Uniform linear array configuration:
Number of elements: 32
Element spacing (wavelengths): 0.75
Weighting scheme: uniform
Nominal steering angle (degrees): -15
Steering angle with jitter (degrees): -15.219
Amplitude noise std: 0.05
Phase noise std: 0.05

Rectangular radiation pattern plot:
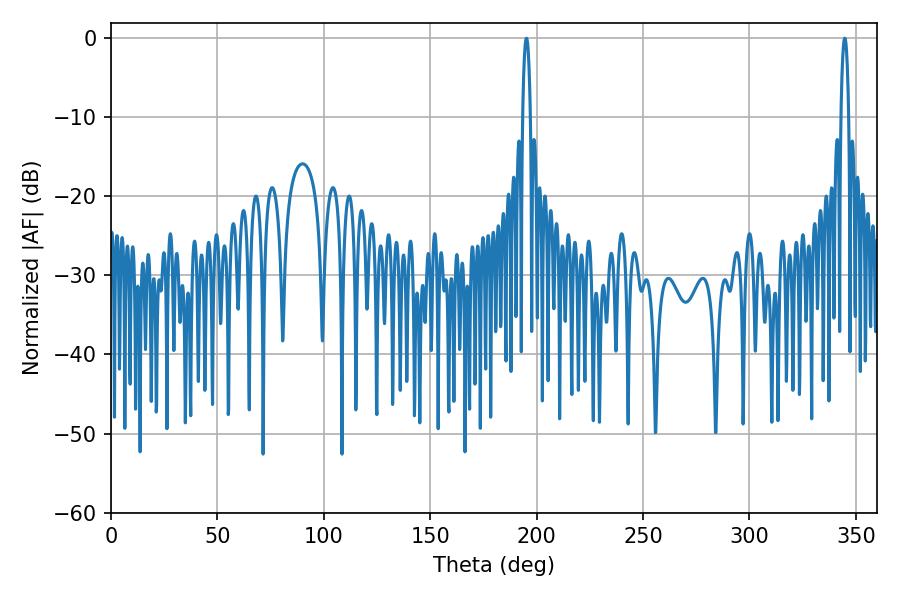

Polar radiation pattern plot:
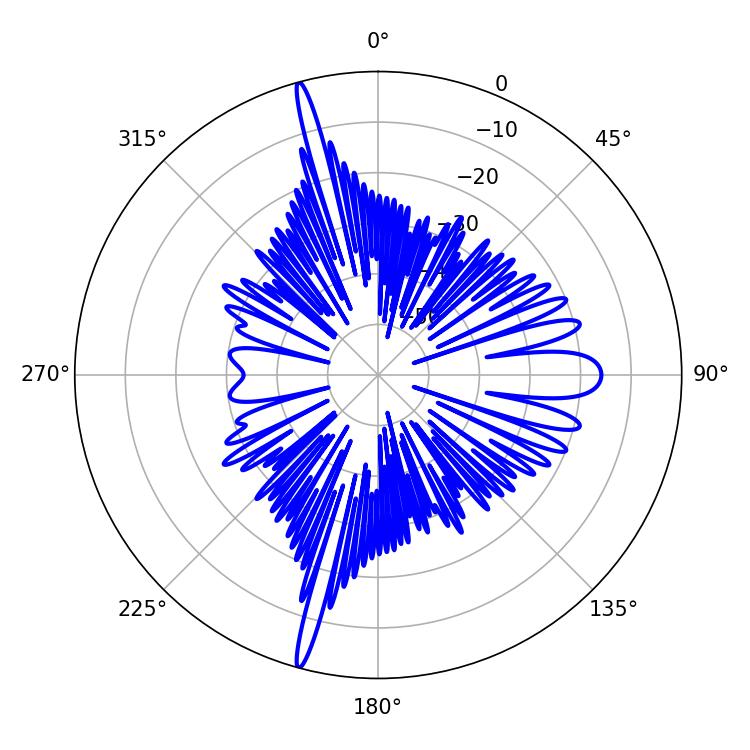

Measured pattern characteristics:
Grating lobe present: TRUE
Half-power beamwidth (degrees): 1.98
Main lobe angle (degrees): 344.7